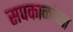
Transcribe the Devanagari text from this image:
सपकाळांच्या